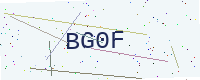
Text: BG0F